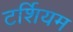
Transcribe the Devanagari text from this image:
टर्शियम